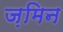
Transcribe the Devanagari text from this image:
ज़मिन